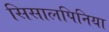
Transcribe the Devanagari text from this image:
सिसालपिनिया